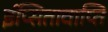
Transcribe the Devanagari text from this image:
ईप्सितावाप्ति